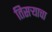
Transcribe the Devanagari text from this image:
तिसऱ्याचा